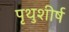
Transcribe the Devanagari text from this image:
पृथुशीर्ष